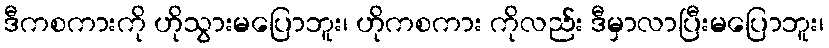
ဒီကစကားကို ဟိုသွားမပြောဘူး၊ ဟိုကစကား ကိုလည်း ဒီမှာလာပြီးမပြောဘူး၊